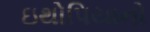
ઇથોપિયાનો